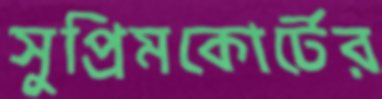
সুপ্রিমকোর্টের